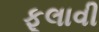
ફૂલાવી